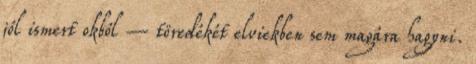
jól ismert okból – töredékét elviekben sem magára hagyni.